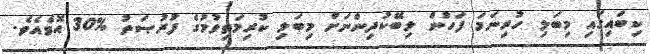
ކިބައިގައި މިބަލި ހުރިނަމަ ފަހުން ލިބޭކުދިންނަށް މިބަލި ކުރިމަތިވުމުގެ ފުރުޞަތު %30 އޮވެއެވެ.